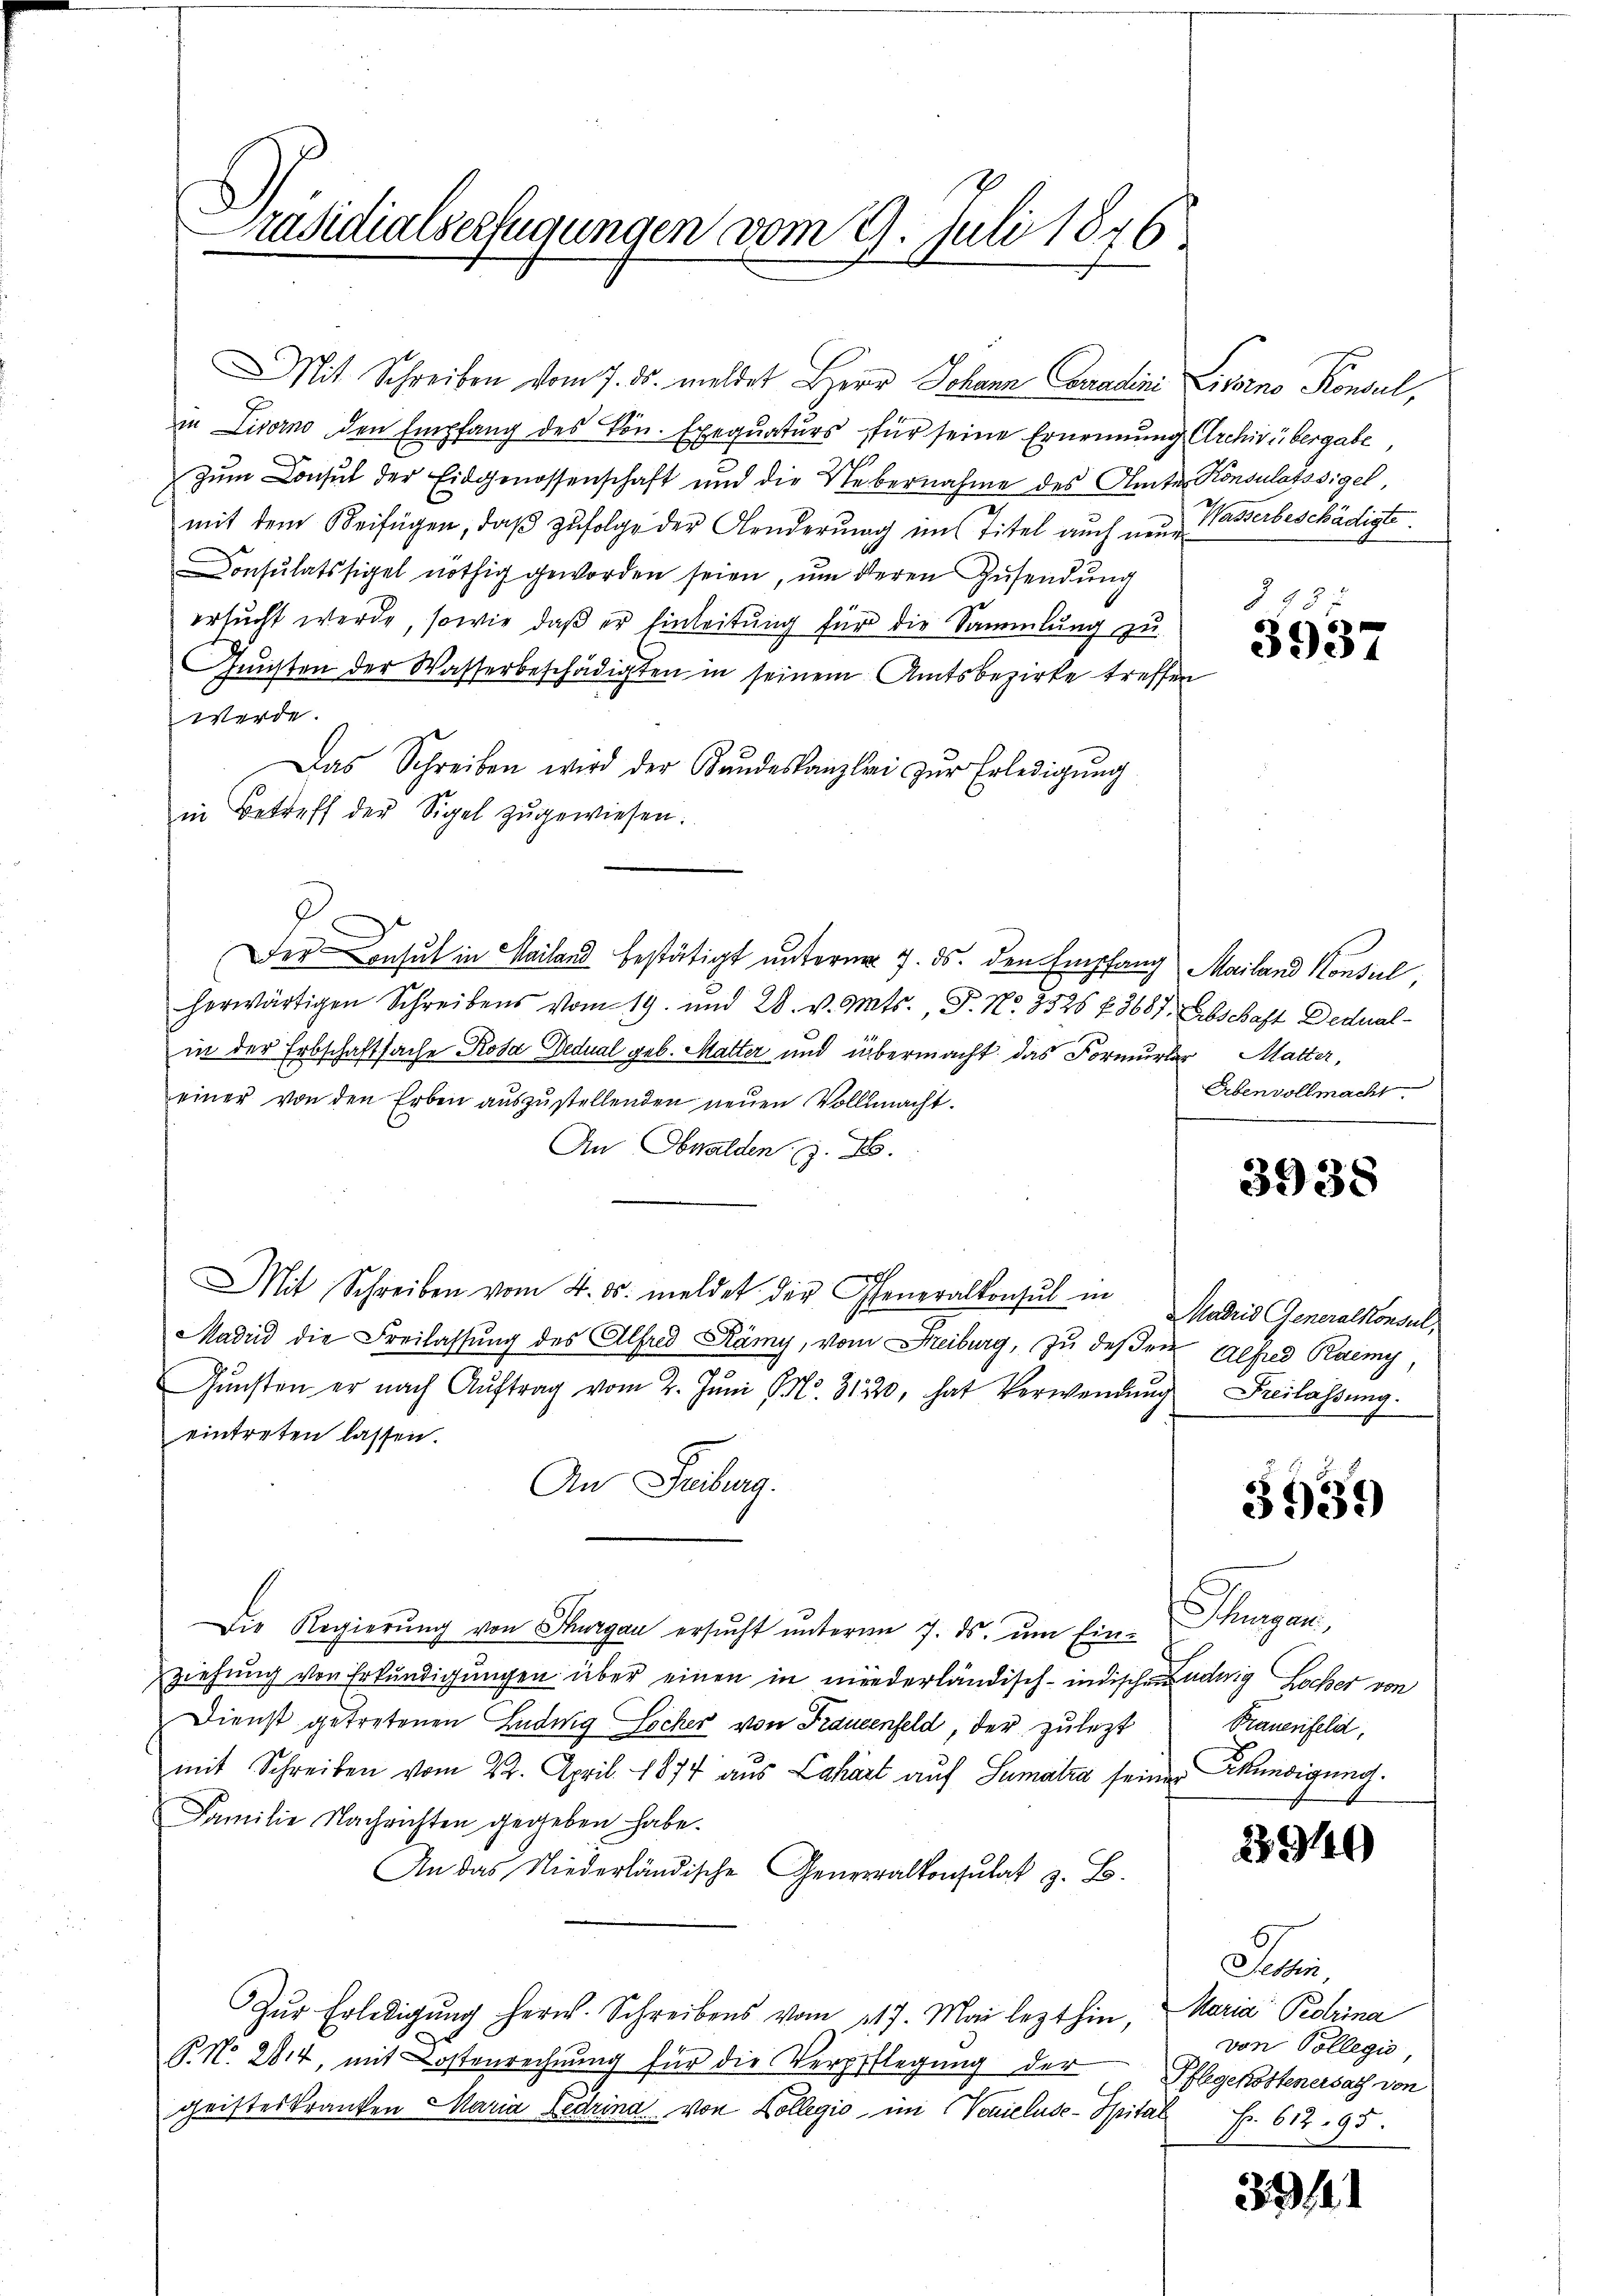
räsidialverfügungen vom 9. Juli 1846.
d

Mit Schreiben vom 7. ds. meldet Herrn Johann Conradini Livorno Konsul,
in Livorno den Empfang des Ven. Exequaturs für seine Ernennung Archivübergabe,
zum Consul der Eidgenossenschaft und die Uebernahme des Amte Konsulatssigel
mit dem Beifügen, daß zufolge der Aenderung im Titel auch neue Wasserbeschädigte.
Consulatssigel nöthig geworden seien, um deren Zusendung
ersucht werde, sowie daß er hinleitung für die Sammlung zu
Gunsten der Wasserbeschädigten in seinem Amtsbezirke treffen,
werde.
Das Schreiben wird der Bŭndeskanzlei zŭr Erledigŭng
in Betreff der Sigel zugewiesen.
Der Consul in Mailand bestätigt unterm 7. ds. den Empfang Mailand Konsul,
herwärtigen Schreibens vom 19. und 28. v. Mts., F. No. 3726 f 3687. Abschaft Dedual-
in der Erbschaftsache Rosa Dedual geb. Matter und übermacht das Formular Matter,
einer von den Erben aŭszŭstellenden neŭen Vollmacht.
An Obwalden z. B.
7
Mit Schreiben vom 4. ds. meldet der Generalkonsul in Madrid Generalkonsul,
Madrid die Freilassŭng des Alfred Kämy, vom Freiburg, zu deßen Alfred Raemy
Gŭnsten er nach Aŭftrag vom 2. Jŭni S. 3120, hat Verwendŭng Freilassŭng.
eintreten lassen.
An Freiburg.
Die Regierŭng von Thurgau ersŭcht ŭnterm 7. ds. ŭm Ein- Thurgau,
ziehung von Erkundigungen über einen in niederländisch-indisch-udwig Locher von
Dienst getretenen Ludwig Locher von Frauenfeld, der zulezt
mit Schreiben vom 22. April 1874 aus Lahart auf Sumatra seiner Kündigung.
Familie Nachrichten gegeben habe.
An das Niederländische Generalkonsulat z. B.
Zŭr Erledigŭng herw. Schreibens vom 217. Mai lezthin, Maria Potrina
P. No. 2814, mit Kostenrechnung für die Verpflegung der
geisteskranken Maria Ledrina von Collegio im (Vonieluse-Spital Fr. 612. 95.

Z 43
3937

Erbenvollmacht.

3938

3939

Prauenfeld,

23940

Den
von Collegio,
Pflegekostenersach von

39/1